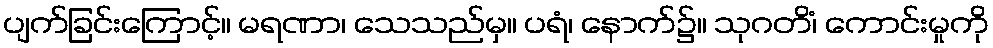
ပျက်ခြင်းကြောင့်။ မရဏာ၊ သေသည်မှ။ ပရံ၊ နောက်၌။ သုဂတိံ၊ ကောင်းမှုကို